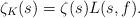
LaTeX: \begin{align*}\zeta_{K}(s)=\zeta(s)L(s,f).\end{align*}